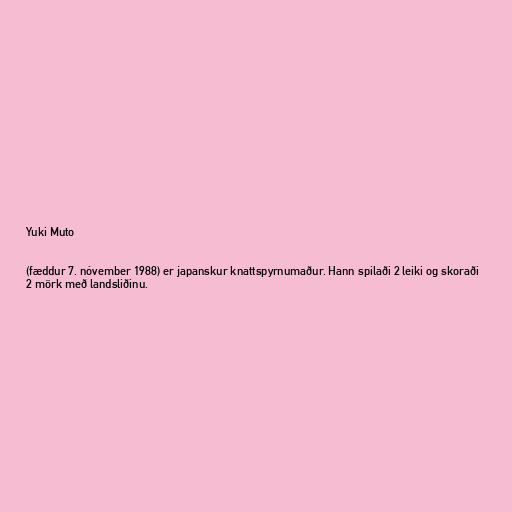
Yuki Muto

(fæddur 7. nóvember 1988) er japanskur knattspyrnumaður. Hann spilaði 2 leiki og skoraði
2 mörk með landsliðinu.